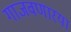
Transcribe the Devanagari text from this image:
गाजवणारया